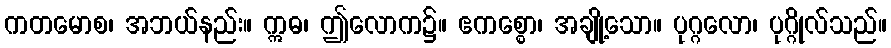
ကတမောစ၊ အဘယ်နည်း။ ဣဓ၊ ဤလောက၌။ ဧကစ္စော၊ အချို့သော။ ပုဂ္ဂလော၊ ပုဂ္ဂိုလ်သည်။